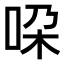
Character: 𫩴